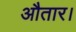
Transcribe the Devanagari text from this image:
औतार।